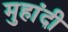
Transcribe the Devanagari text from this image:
मुहांदी